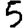
Digit: 5